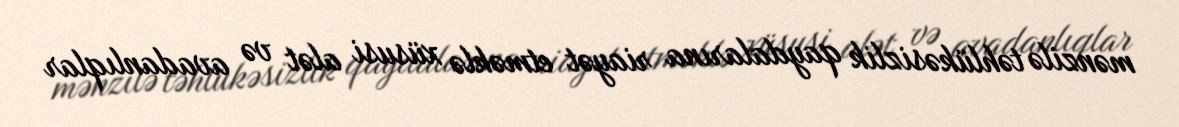
mənzilə təhlükəsizlik qaydalarına riayət etməklə xüsusi alət və avadanlıqlar